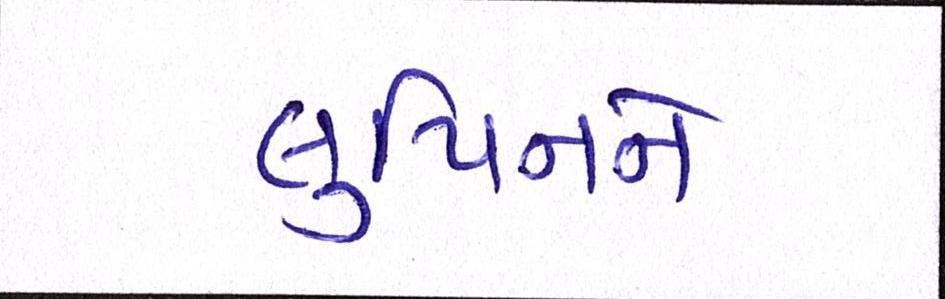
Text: લુપિનને